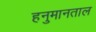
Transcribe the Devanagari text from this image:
हनुमानताल